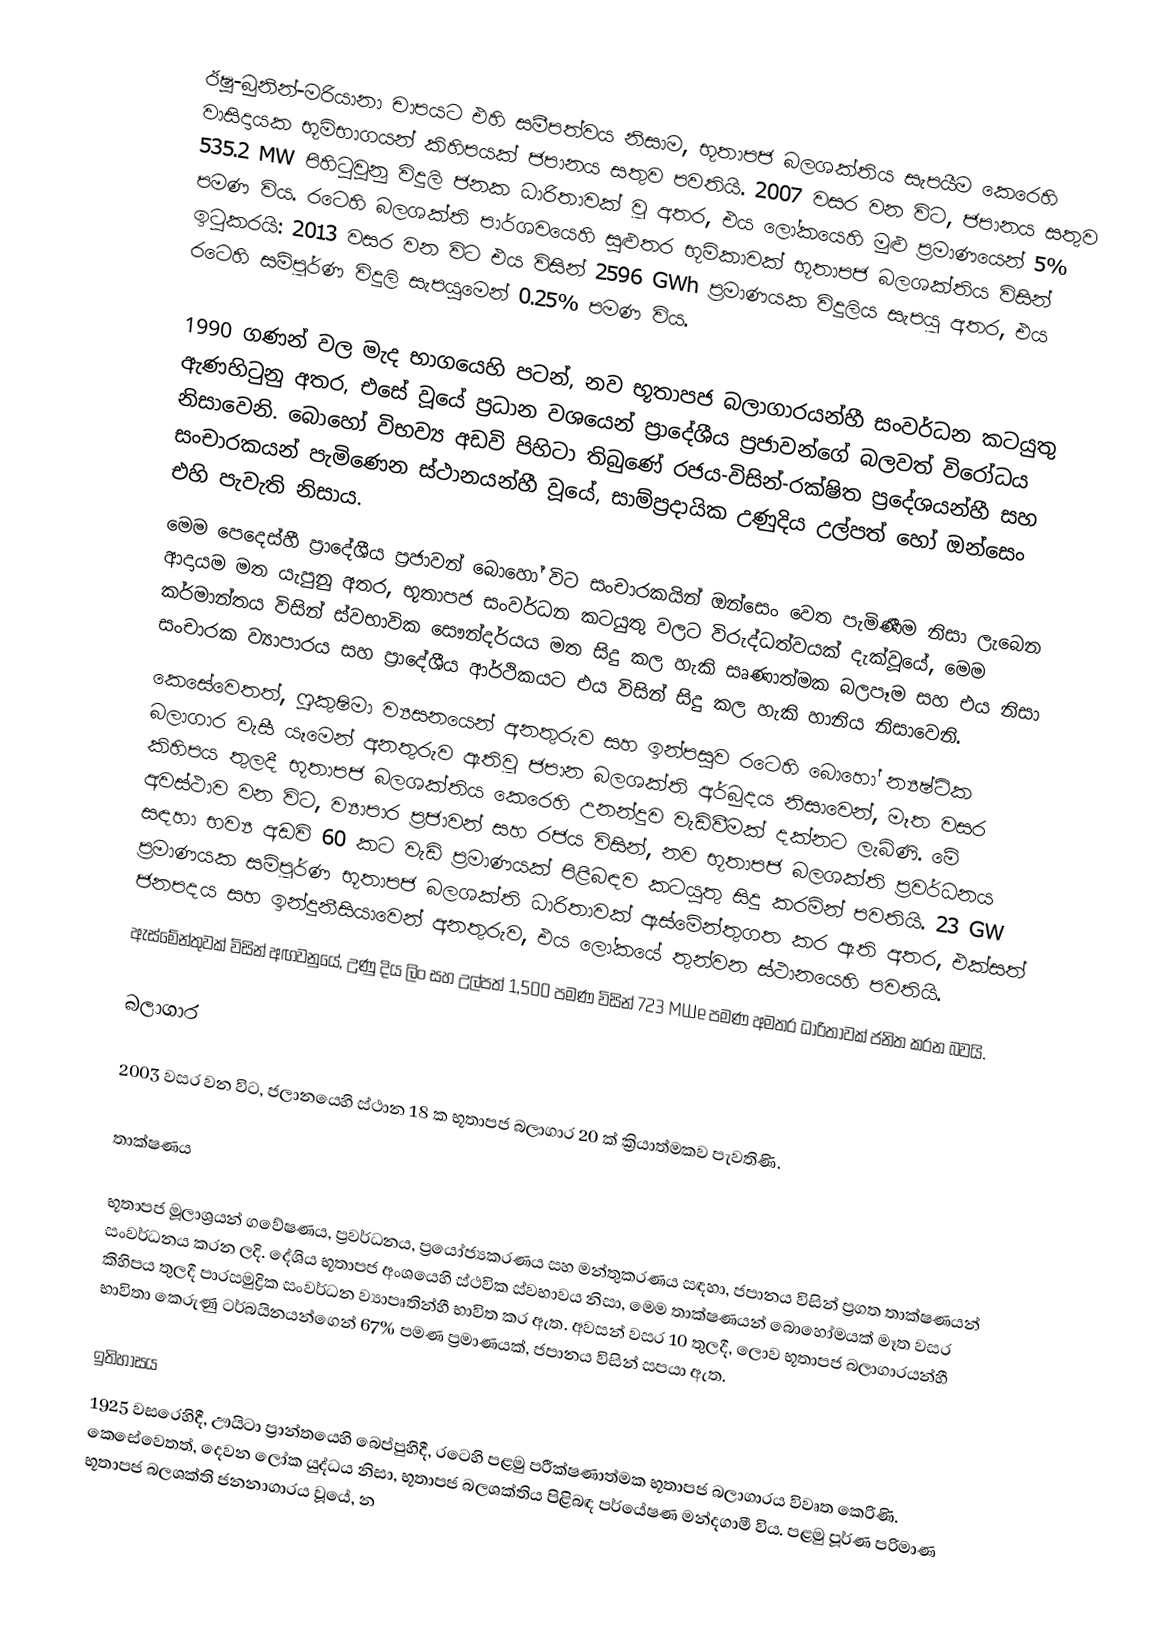
ඊෂු-බුනින්-මරියානා චාපයට එහි සමීපත්වය නිසාම, භූතාපජ බලශක්තිය සැපයීම කෙරෙහි වාසිදායක භූමිභාගයන් කිහිපයක් ජපානය සතුව පවතියි. 2007 වසර වන විට, ජපානය සතුව 535.2 MW පිහිටුවුනු විදුලි ජනක ධාරිතාවක් වූ අතර, එය ලෝකයෙහි මුළු ප්‍රමාණයෙන් 5% පමණ විය. රටෙහි බලශක්ති පාර්ශවයෙහි සුළුතර භූමිකාවක්  භූතාපජ බලශක්තිය විසින් ඉටුකරයි: 2013 වසර වන විට එය විසින් 2596 GWh ප්‍රමාණයක විදුලිය සැපයූ අතර, එය රටෙහි සම්පූර්ණ විදුලි සැපයුමෙන් 0.25% පමණ විය.

1990 ගණන් වල මැද භාගයෙහි පටන්, නව භූතාපජ බලාගාරයන්හී සංවර්ධන කටයුතු ඇණහිටුනු අතර, එසේ වූයේ ප්‍රධාන වශයෙන් ප්‍රාදේශීය ප්‍රජාවන්ගේ බලවත් විරෝධය නිසාවෙනි. බොහෝ විභව්‍ය අඩවි පිහිටා තිබුණේ රජය-විසින්-රක්ෂිත ප්‍රදේශයන්හී සහ සංචාරකයන් පැමිණෙන ස්ථානයන්හී වූයේ, සාම්ප්‍රදායික උණුදිය උල්පත් හෝ ඔන්සෙං එහි පැවැති නිසාය.
මෙම පෙදෙස්හී ප්‍රාදේශීය ප්‍රජාවන් බොහෝ විට සංචාරකයින් ඔන්සෙං වෙත පැමිණීම නිසා ලැබෙන ආදායම මත යැපුනු අතර, භූතාපජ සංවර්ධන කටයුතු වලට විරුද්ධත්වයක් දැක්වූයේ,  මෙම කර්මාන්තය විසින් ස්වභාවික සෞන්දර්යය මත සිදු කල හැකි සෘණාත්මක බලපෑම සහ එය නිසා සංචාරක ව්‍යාපාරය සහ ප්‍රාදේශීය ආර්ථිකයට එය විසින් සිදු කල හැකි හානිය නිසාවෙනි.
කෙසේවෙතත්,  ෆුකුෂිමා ව්‍යසනයෙන් අනතුරුව සහ ඉන්පසුව රටෙහි බොහෝ න්‍යෂ්ටික බලාගාර වැසී යෑමෙන් අනතුරුව ඇතිවූ  ජපාන බලශක්ති අර්බුදය නිසාවෙන්, මෑත වසර කිහිපය තුලදී භූතාපජ බලශක්තිය කෙරෙහි උනන්දුව වැඩිවීමක් දක්නට ලැබිණි. මේ අවස්ථාව වන විට, ව්‍යාපාර ප්‍රජාවන් සහ රජය විසින්,   නව භූතාපජ බලශක්ති ප්‍රවර්ධනය සඳහා භව්‍ය අඩවි  60 කට වැඩි ප්‍රමාණයක් පිළිබඳව කටයුතු සිදු කරමින් පවතියි. 23 GW ප්‍රමාණයක  සම්පූර්ණ භූතාපජ බලශක්ති ධාරිතාවක් ඇස්මේන්තුගත කර ඇති අතර, එක්සත් ජනපදය සහ ඉන්දුනීසියාවෙන් අනතුරුව, එය ලෝකයේ තුන්වන ස්ථානයෙහි පවතියි.
ඇස්මේන්තුවක් විසින් අඟවනුයේ,  උණු දිය ලිං  සහ උල්පත් 1,500 පමණ විසින්  723 MWe පමණ අමතර ධාරිතාවක් ජනිත කරන බවයි.

බලාගාර

2003 වසර වන විට,  ජලානයෙහි  ස්ථාන 18 ක භූතාපජ බලාගාර 20 ක් ක්‍රියාත්මකව පැවතිණි.

තාක්ෂණය

භූතාපජ මූලාශ්‍රයන් ගවේෂණය, ප්‍රවර්ධනය, ප්‍රයෝජ්‍යකරණය සහ මන්තුකරණය සඳහා, ජපානය විසින් ප්‍රගත තාක්ෂණයන් සංවර්ධනය කරන ලදි. දේශිය භූතාපජ අංශයෙහි ස්ථවික ස්වභාවය නිසා, මෙම තාක්ෂණයන් බොහෝමයක් මෑත වසර කිහිපය තුලදී පාරසමුද්‍රික සංවර්ධන ව්‍යාපෘතින්හී භාවිත කර ඇත. අවසන් වසර 10 තුලදී, ලොව භූතාපජ බලාගාරයන්හී භාවිතා කෙරුණු ටර්බයිනයන්ගෙන් 67% පමණ ප්‍රමාණයක්, ජපානය විසින් සපයා ඇත.

ඉතිහාසය
1925 වසරෙහිදී,  ඌයිටා ප්‍රාන්තයෙහි  බෙප්පුහිදී,  රටෙහි පළමු පරීක්ෂණාත්මක භූතාපජ බලාගාරය විවෘත කෙරිණි. කෙසේවෙතත්, දෙවන ලෝක යුද්ධය නිසා, භූතාපජ බලශක්තිය පිළිබඳ පර්යේෂණ මන්දගාමී විය. පළමු පූර්ණ පරිමාණ භූතාපජ බලශක්ති ජනනාගාරය වූයේ, න